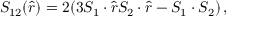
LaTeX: S _ { 1 2 } ( \hat { r } ) = 2 ( 3 S _ { 1 } \cdot \hat { r } S _ { 2 } \cdot \hat { r } - S _ { 1 } \cdot S _ { 2 } ) \, ,